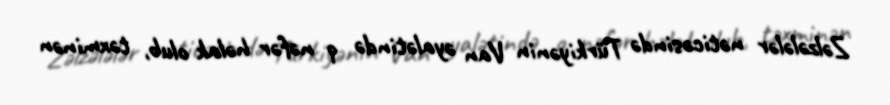
Zəlzələlər nəticəsində Türkiyənin Van əyalətində 9 nəfər həlak olub, təxminən